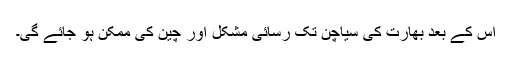
اس کے بعد بھارت کی سیاچن تک رسائی مشکل اور چین کی ممکن ہو جائے گی۔